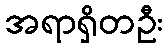
အရာရှိတဦး